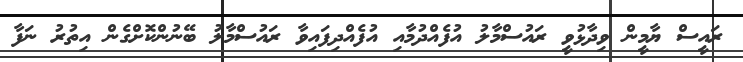
ރައީސް ޔާމީން ވިދާޅުވީ ރައުސްމާލު އުފެއްދުމާއި އުފެއްދިފައިވާ ރައުސްމާލު ބޭނުންކޮށްގެން އިތުރު ނަފާ